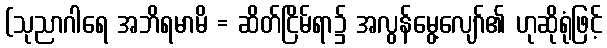
(သုညာဂါရေ အဘိရမာမိ = ဆိတ်ငြိမ်ရာ၌ အလွန်မွေ့လျော်၏ ဟုဆိုရုံဖြင့်